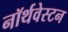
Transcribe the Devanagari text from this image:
नॉर्थवेस्टन